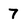
Character: 7